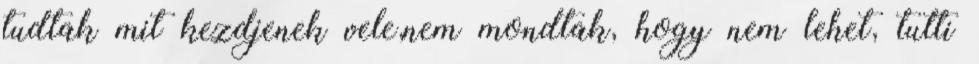
tudtak mit kezdjenek vele,nem mondtak, hogy nem lehet, tutti